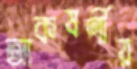
আকষর্ণীয়